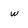
Character: w